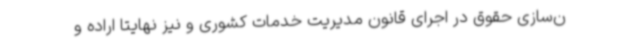
ن‌سازی حقوق در اجرای قانون مدیریت خدمات کشوری و نیز نهایتا اراده و